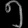
Digit: ၅